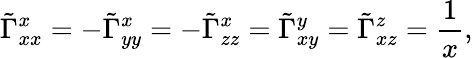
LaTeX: \tilde{\Gamma}_{xx}^{x}=-\tilde{\Gamma}_{yy}^{x}=-\tilde{\Gamma}_{zz}^{x}=\tilde{\Gamma}_{xy}^{y}=\tilde{\Gamma}_{xz}^{z}=\frac{1}{x},